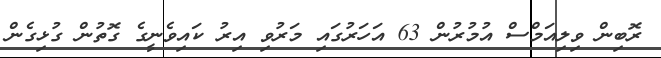
ރޮބިން ވިލިއަމްސް އުމުރުން 63 އަހަރުގައި މަރުވި އިރު ކައިވެނީގެ ގޮތުން ގުޅިގެން